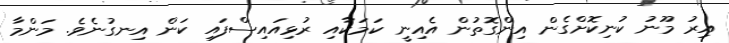
އިރު މޫނު ކުނިކޮށްގެން އިންގޮތުން އެއިނީ ކަމަކާއި ރުޅިއައިސްފައި ކަން އިނގުނެވެ. މަންމާ